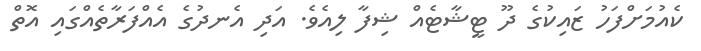
ކެއުމަށްފަހު ޒައިކުގެ ދޫ ޓީޝާޓެއް ޝިފާ ލިއެވެ. އަދި އެނދުގެ އެއްފަރާތެއްގައި އޮތް